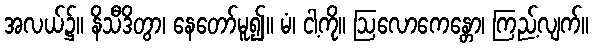
အလယ်၌။ နိသီဒိတွာ၊ နေတော်မူ၍။ မံ၊ ငါ့ကို။ ဩလောကေန္တော၊ ကြည့်လျက်။